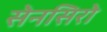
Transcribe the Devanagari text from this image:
सेनसिरो